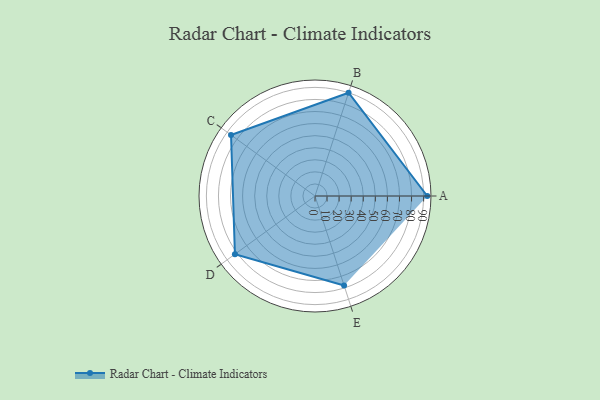
{"axis": {"x": "Skill", "y": "Score"}, "legend": ["Profile"], "data": [{"x": "A", "y": 93.0, "type": "Profile"}, {"x": "B", "y": 90.0, "type": "Profile"}, {"x": "C", "y": 86.0, "type": "Profile"}, {"x": "D", "y": 82.0, "type": "Profile"}, {"x": "E", "y": 78.0, "type": "Profile"}]}